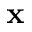
\mathbf { x }